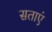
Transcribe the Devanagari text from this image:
सताएं